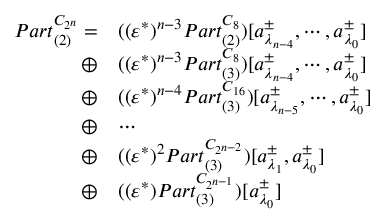
\begin{array} { r l } { { P a r t } _ { ( 2 ) } ^ { C _ { 2 ^ { n } } } = } & { ( ( \varepsilon ^ { * } ) ^ { n - 3 } { P a r t } _ { ( 2 ) } ^ { C _ { 8 } } ) [ a _ { \lambda _ { n - 4 } } ^ { \pm } , \cdots , a _ { \lambda _ { 0 } } ^ { \pm } ] } \\ { \oplus } & { ( ( \varepsilon ^ { * } ) ^ { n - 3 } { P a r t } _ { ( 3 ) } ^ { C _ { 8 } } ) [ a _ { \lambda _ { n - 4 } } ^ { \pm } , \cdots , a _ { \lambda _ { 0 } } ^ { \pm } ] } \\ { \oplus } & { ( ( \varepsilon ^ { * } ) ^ { n - 4 } { P a r t } _ { ( 3 ) } ^ { C _ { 1 6 } } ) [ a _ { \lambda _ { n - 5 } } ^ { \pm } , \cdots , a _ { \lambda _ { 0 } } ^ { \pm } ] } \\ { \oplus } & { \cdots } \\ { \oplus } & { ( ( \varepsilon ^ { * } ) ^ { 2 } { P a r t } _ { ( 3 ) } ^ { C _ { 2 ^ { n - 2 } } } ) [ a _ { \lambda _ { 1 } } ^ { \pm } , a _ { \lambda _ { 0 } } ^ { \pm } ] } \\ { \oplus } & { ( ( \varepsilon ^ { * } ) { P a r t } _ { ( 3 ) } ^ { C _ { 2 ^ { n - 1 } } } ) [ a _ { \lambda _ { 0 } } ^ { \pm } ] } \end{array}